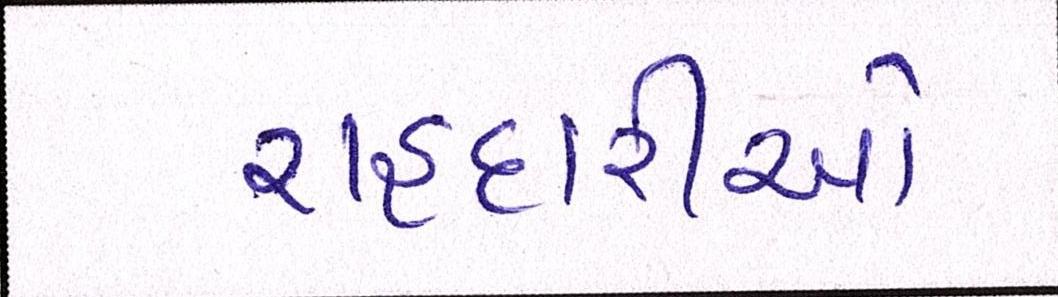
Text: રાહદારીઓ